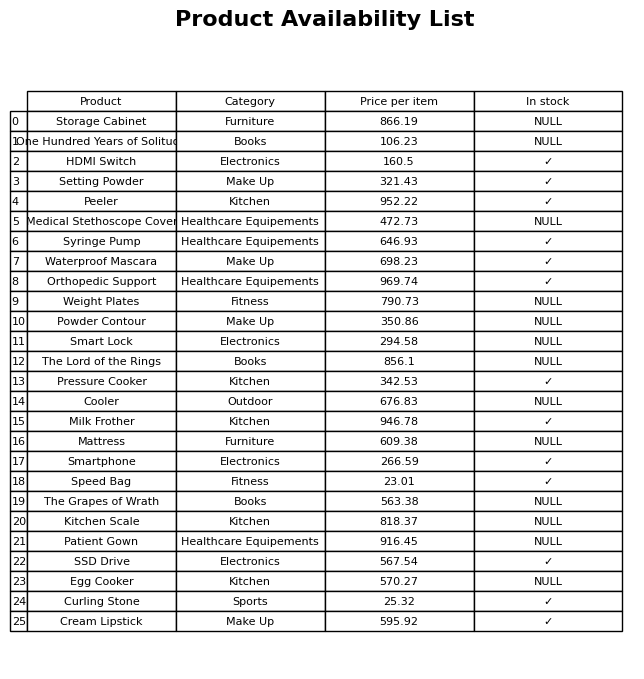
question: What is the price for Patient Gown?
answer: The price of Patient Gown is 916.45.